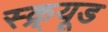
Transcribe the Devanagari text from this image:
स्क्र्यूड